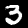
Digit: 3